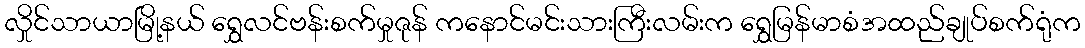
လှိုင်သာယာမြို့နယ် ရွှေလင်ဗန်းစက်မှုဇုန် ကနောင်မင်းသားကြီးလမ်းက ရွှေမြန်မာစံအထည်ချုပ်စက်ရုံက